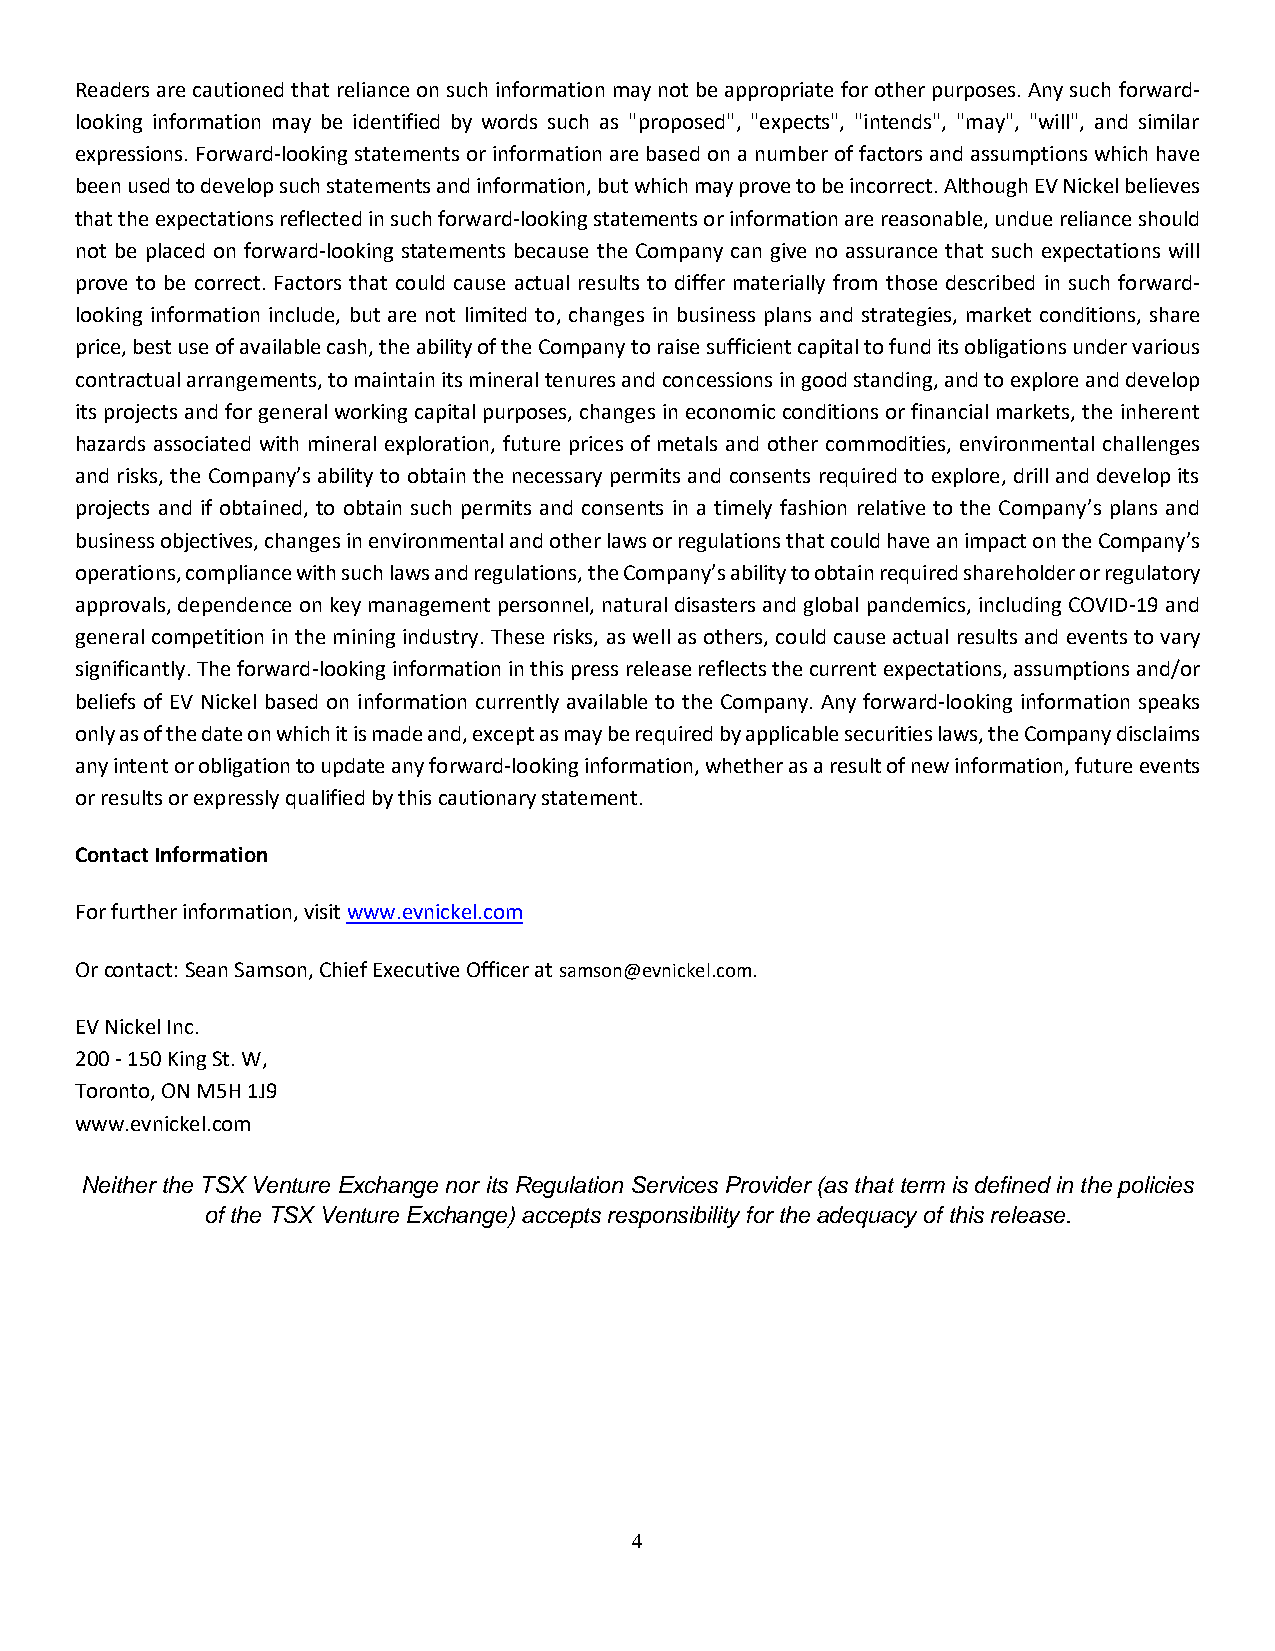
Readers are cautioned that reliance on such information may not be appropriate for other purposes. Any such forward-
 looking information may be identified by words such as "proposed", "expects", "intends", "may", "will", and similar
 expressions. Forward-looking statements or information are based on a number of factors and assumptions which have
 been used to develop such statements and information, but which may prove to be incorrect. Although EV Nickel believes
 that the expectations reflected in such forward-looking statements or information are reasonable, undue reliance should
 not be placed on forward-looking statements because the Company can give no assurance that such expectations will
 prove to be correct. Factors that could cause actual results to differ materially from those described in such forward-
 looking information include, but are not limited to, changes in business plans and strategies, market conditions, share
 price, best use of available cash, the ability of the Company to raise sufficient capital to fund its obligations under various
 contractual arrangements, to maintain its mineral tenures and concessions in good standing, and to explore and develop
 its projects and for general working capital purposes, changes in economic conditions or financial markets, the inherent
 hazards associated with mineral exploration, future prices of metals and other commodities, environmental challenges
 and risks, the Company’s ability to obtain the necessary permits and consents required to explore, drill and develop its
 projects and if obtained, to obtain such permits and consents in a timely fashion relative to the Company’s plans and
 business objectives, changes in environmental and other laws or regulations that could have an impact on the Company’s
 operations, compliance with such laws and regulations, the Company’s ability to obtain required shareholder or regulatory
 approvals, dependence on key management personnel, natural disasters and global pandemics, including COVID-19 and
 general competition in the mining industry. These risks, as well as others, could cause actual results and events to vary
 significantly. The forward-looking information in this press release reflects the current expectations, assumptions and/or
 beliefs of EV Nickel based on information currently available to the Company. Any forward-looking information speaks
 only as of the date on which it is made and, except as may be required by applicable securities laws, the Company disclaims
 any intent or obligation to update any forward-looking information, whether as a result of new information, future events
 or results or expressly qualified by this cautionary statement.
 Contact Information
 For further information, visit www.evnickel.com
 Or contact: Sean Samson, Chief Executive Officer at samson@evnickel.com.
 EV Nickel Inc.
 200 - 150 King St. W,
 Toronto, ON M5H 1J9
 www.evnickel.com
 Neither the TSX Venture Exchange nor its Regulation Services Provider (as that term is defined in the policies
 of the TSX Venture Exchange) accepts responsibility for the adequacy of this release.
 4